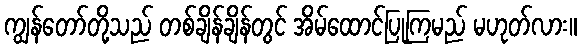
ကျွန်တော်တို့သည် တစ်ချိန်ချိန်တွင် အိမ်ထောင်ပြုကြမည် မဟုတ်လား။